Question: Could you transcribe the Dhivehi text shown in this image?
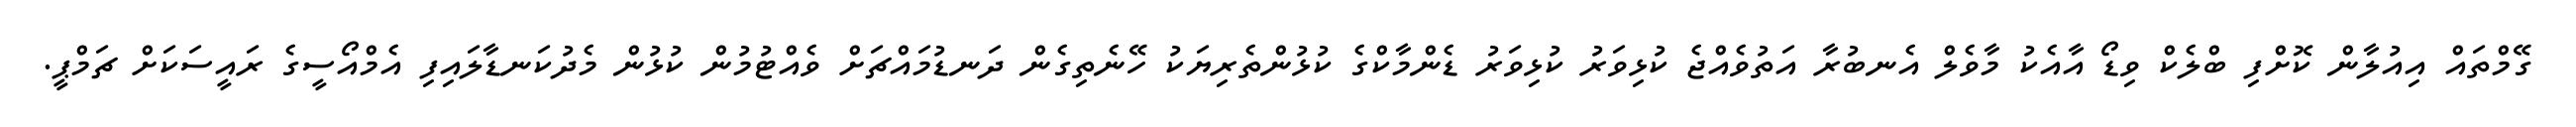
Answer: ގޭމްތައް އިއުލާން ކޮށްފި ބްލެކް ވިޑޯ އާއެކު މާވެލް އެނބުރާ އަތުވެއްޖެ ކުޅިވަރު ކުޅިވަރު ޑެންމާކްގެ ކުޅުންތެރިޔަކު ހޭނެތިގެން ދަނޑުމައްޗަށް ވެއްޓުމުން ކުޅުން މެދުކަނޑާލައިފި އެމްއޯސީގެ ރައީސަކަށް ޗަމްޕީ.